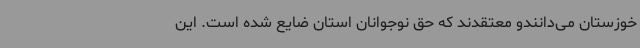
خوزستان می‌دانندو معتقدند که حق نوجوانان استان ضایع شده است. این